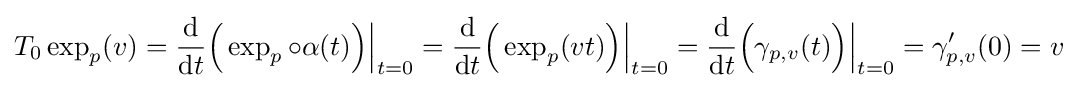
T_{0}\exp _{p}(v)={\frac {\mathrm {d} }{\mathrm {d} t}}{\Bigl (}\exp _{p}\circ \alpha (t){\Bigr )}{\Big \vert }_{t=0}={\frac {\mathrm {d} }{\mathrm {d} t}}{\Bigl (}\exp _{p}(vt){\Bigr )}{\Big \vert }_{t=0}={\frac {\mathrm {d} }{\mathrm {d} t}}{\Bigl (}\gamma _{p,v}(t){\Bigr )}{\Big \vert }_{t=0}=\gamma _{p,v}'(0)=v